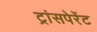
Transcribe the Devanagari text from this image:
ट्रांसपेरेंट